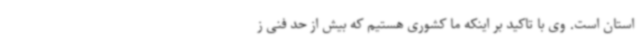
استان است. وی با تاکید بر اینکه ما کشوری هستیم که بیش از حد فنی ز